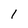
Character: 1